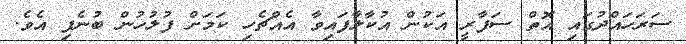
ސަރަހައްދުގައި އޮތް ސަފާރީ އަކުން އުކާލާފައިވާ އެއްޗެހި ކަމަށް ފުލުހުން ބުނެފި އެވެ.